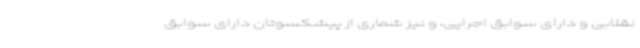
نقلابی و دارای سوابق اجرایی، و نیز شماری از پیشکسوتان دارای سوابق